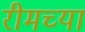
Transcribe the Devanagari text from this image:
रीमच्या